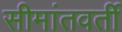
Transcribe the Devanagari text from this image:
सीमांतवर्ती